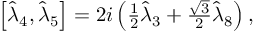
\begin{array} { r } { \left[ \hat { \lambda } _ { 4 } , \hat { \lambda } _ { 5 } \right] = 2 i \left( \frac { 1 } { 2 } \hat { \lambda } _ { 3 } + \frac { \sqrt { 3 } } { 2 } \hat { \lambda } _ { 8 } \right) , } \end{array}